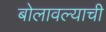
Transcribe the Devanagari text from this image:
बोलावल्याची